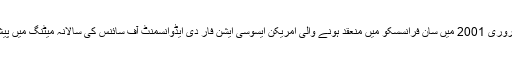
یہ مقالہ فروری 2001 میں سان فرانسسکو میں منعقد ہونے والی امریکن ایسوسی ایشن فار دی ایڈوانسمنٹ آف سائنس کی سالانہ میٹنگ میں پیش کیا گیا۔